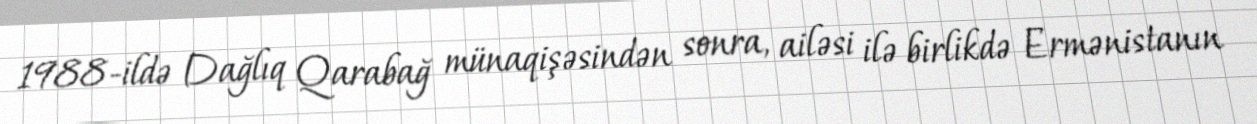
1988-ildə Dağlıq Qarabağ münaqişəsindən sonra, ailəsi ilə birlikdə Ermənistanın